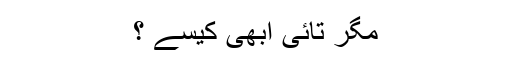
مگر تائی ابھی کیسے ؟